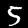
Digit: 5